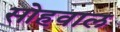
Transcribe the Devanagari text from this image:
सोहवाल